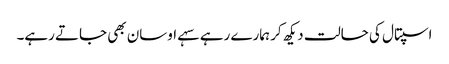
اسپتال کی حالت دیکھ کر ہمارے رہے سہے اوسان بھی جاتے رہے۔